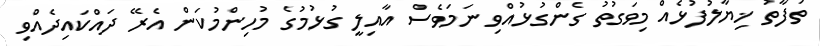
ތަފާތު ޚިޔާލުފުޅެއް މިވަގުތު ގެންގުޅުއްވި ނަމަވެސް އާއިލީ ގުޅުމުގެ މުހިންމުކަން އެރޭ ދައްކައިދެއްވި